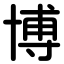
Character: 博